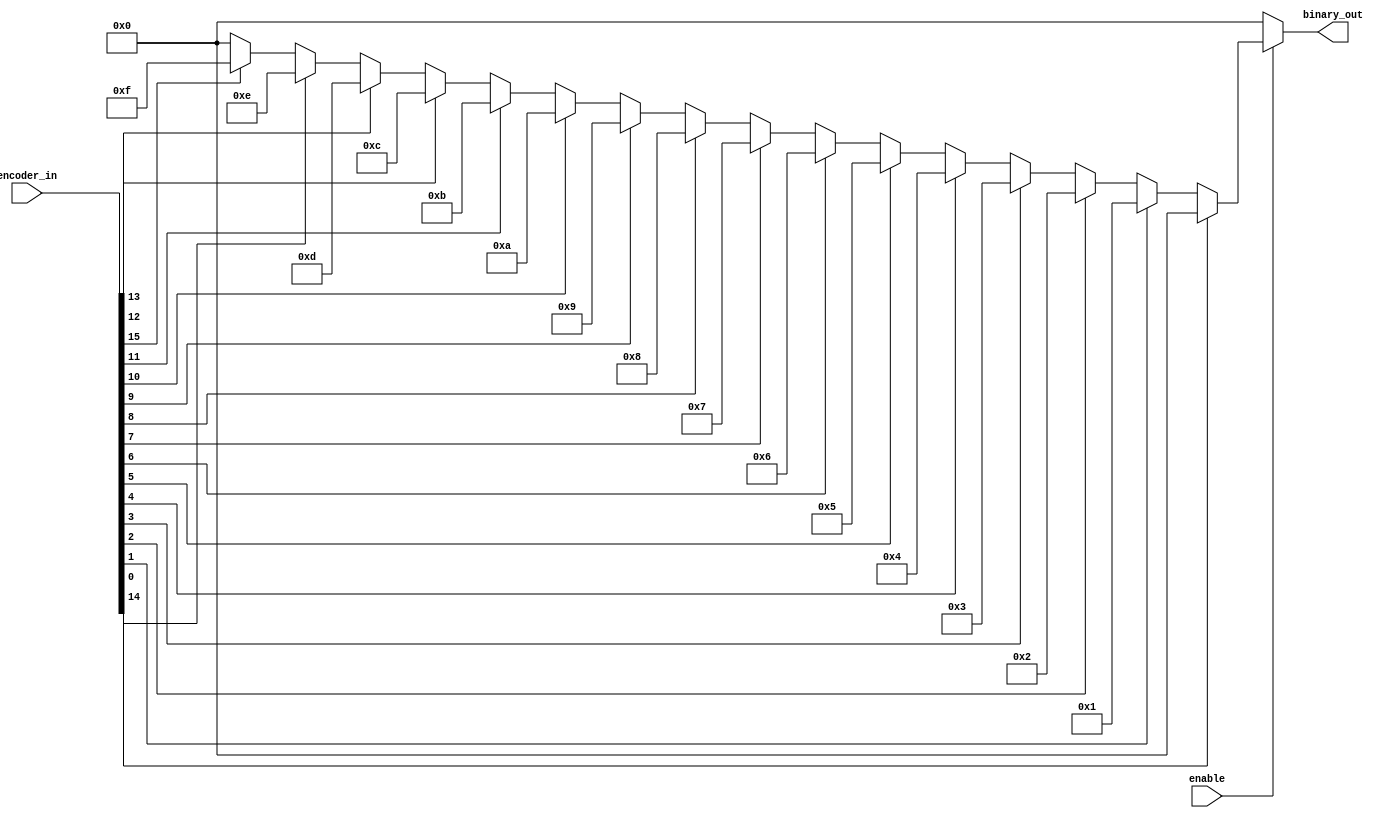
module b4_pri_enc_if(
   input [15:0] encoder_in,
   output reg [3:0] binary_out,
   input enable
  );

always @ (*)
begin
  binary_out = 0;
  if (enable) begin
   if (encoder_in[0] == 1'b1) binary_out =  0;
    else if (encoder_in[1] == 1'b1) binary_out =  1;
    else if (encoder_in[2] == 1'b1) binary_out =  2;
    else if (encoder_in[3] == 1'b1) binary_out =  3;
    else if (encoder_in[4] == 1'b1) binary_out =  4;
    else if (encoder_in[5] == 1'b1) binary_out =  5;
    else if (encoder_in[6] == 1'b1) binary_out =  6;
    else if (encoder_in[7] == 1'b1) binary_out =  7;
    else if (encoder_in[8] == 1'b1) binary_out =  8;
    else if (encoder_in[9] == 1'b1) binary_out =  9;
    else if (encoder_in[10] == 1'b1) binary_out =  10;
    else if (encoder_in[11] == 1'b1) binary_out =  11;
    else if (encoder_in[12] == 1'b1) binary_out =  12;
    else if (encoder_in[13] == 1'b1) binary_out =  13;
    else if (encoder_in[14] == 1'b1) binary_out =  14;
    else if (encoder_in[15] == 1'b1) binary_out =  15;

  end
end

endmodule